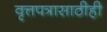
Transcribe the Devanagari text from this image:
वृत्तपत्रासाठीही